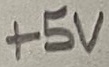
Text: +5V